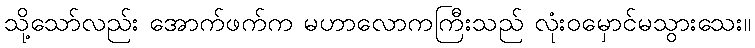
သို့သော်လည်း အောက်ဖက်က မဟာလောကကြီးသည် လုံးဝမှောင်မသွားသေး။